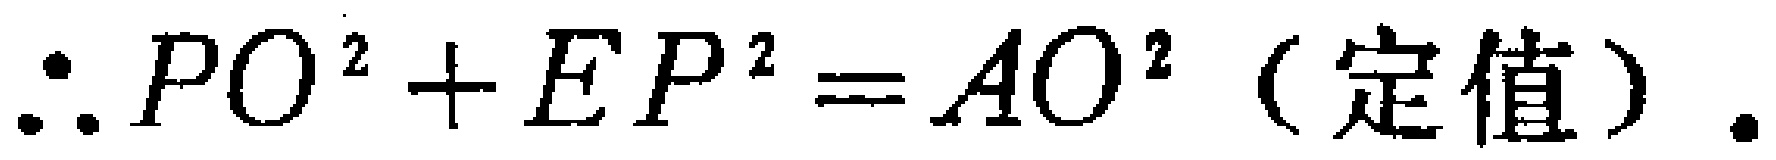
\(\therefore PO^{2}+EP^{2}=AO^{2}\)（定值）.